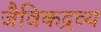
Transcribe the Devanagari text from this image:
जैविकद्रव्य